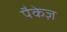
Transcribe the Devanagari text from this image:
पैकेज़